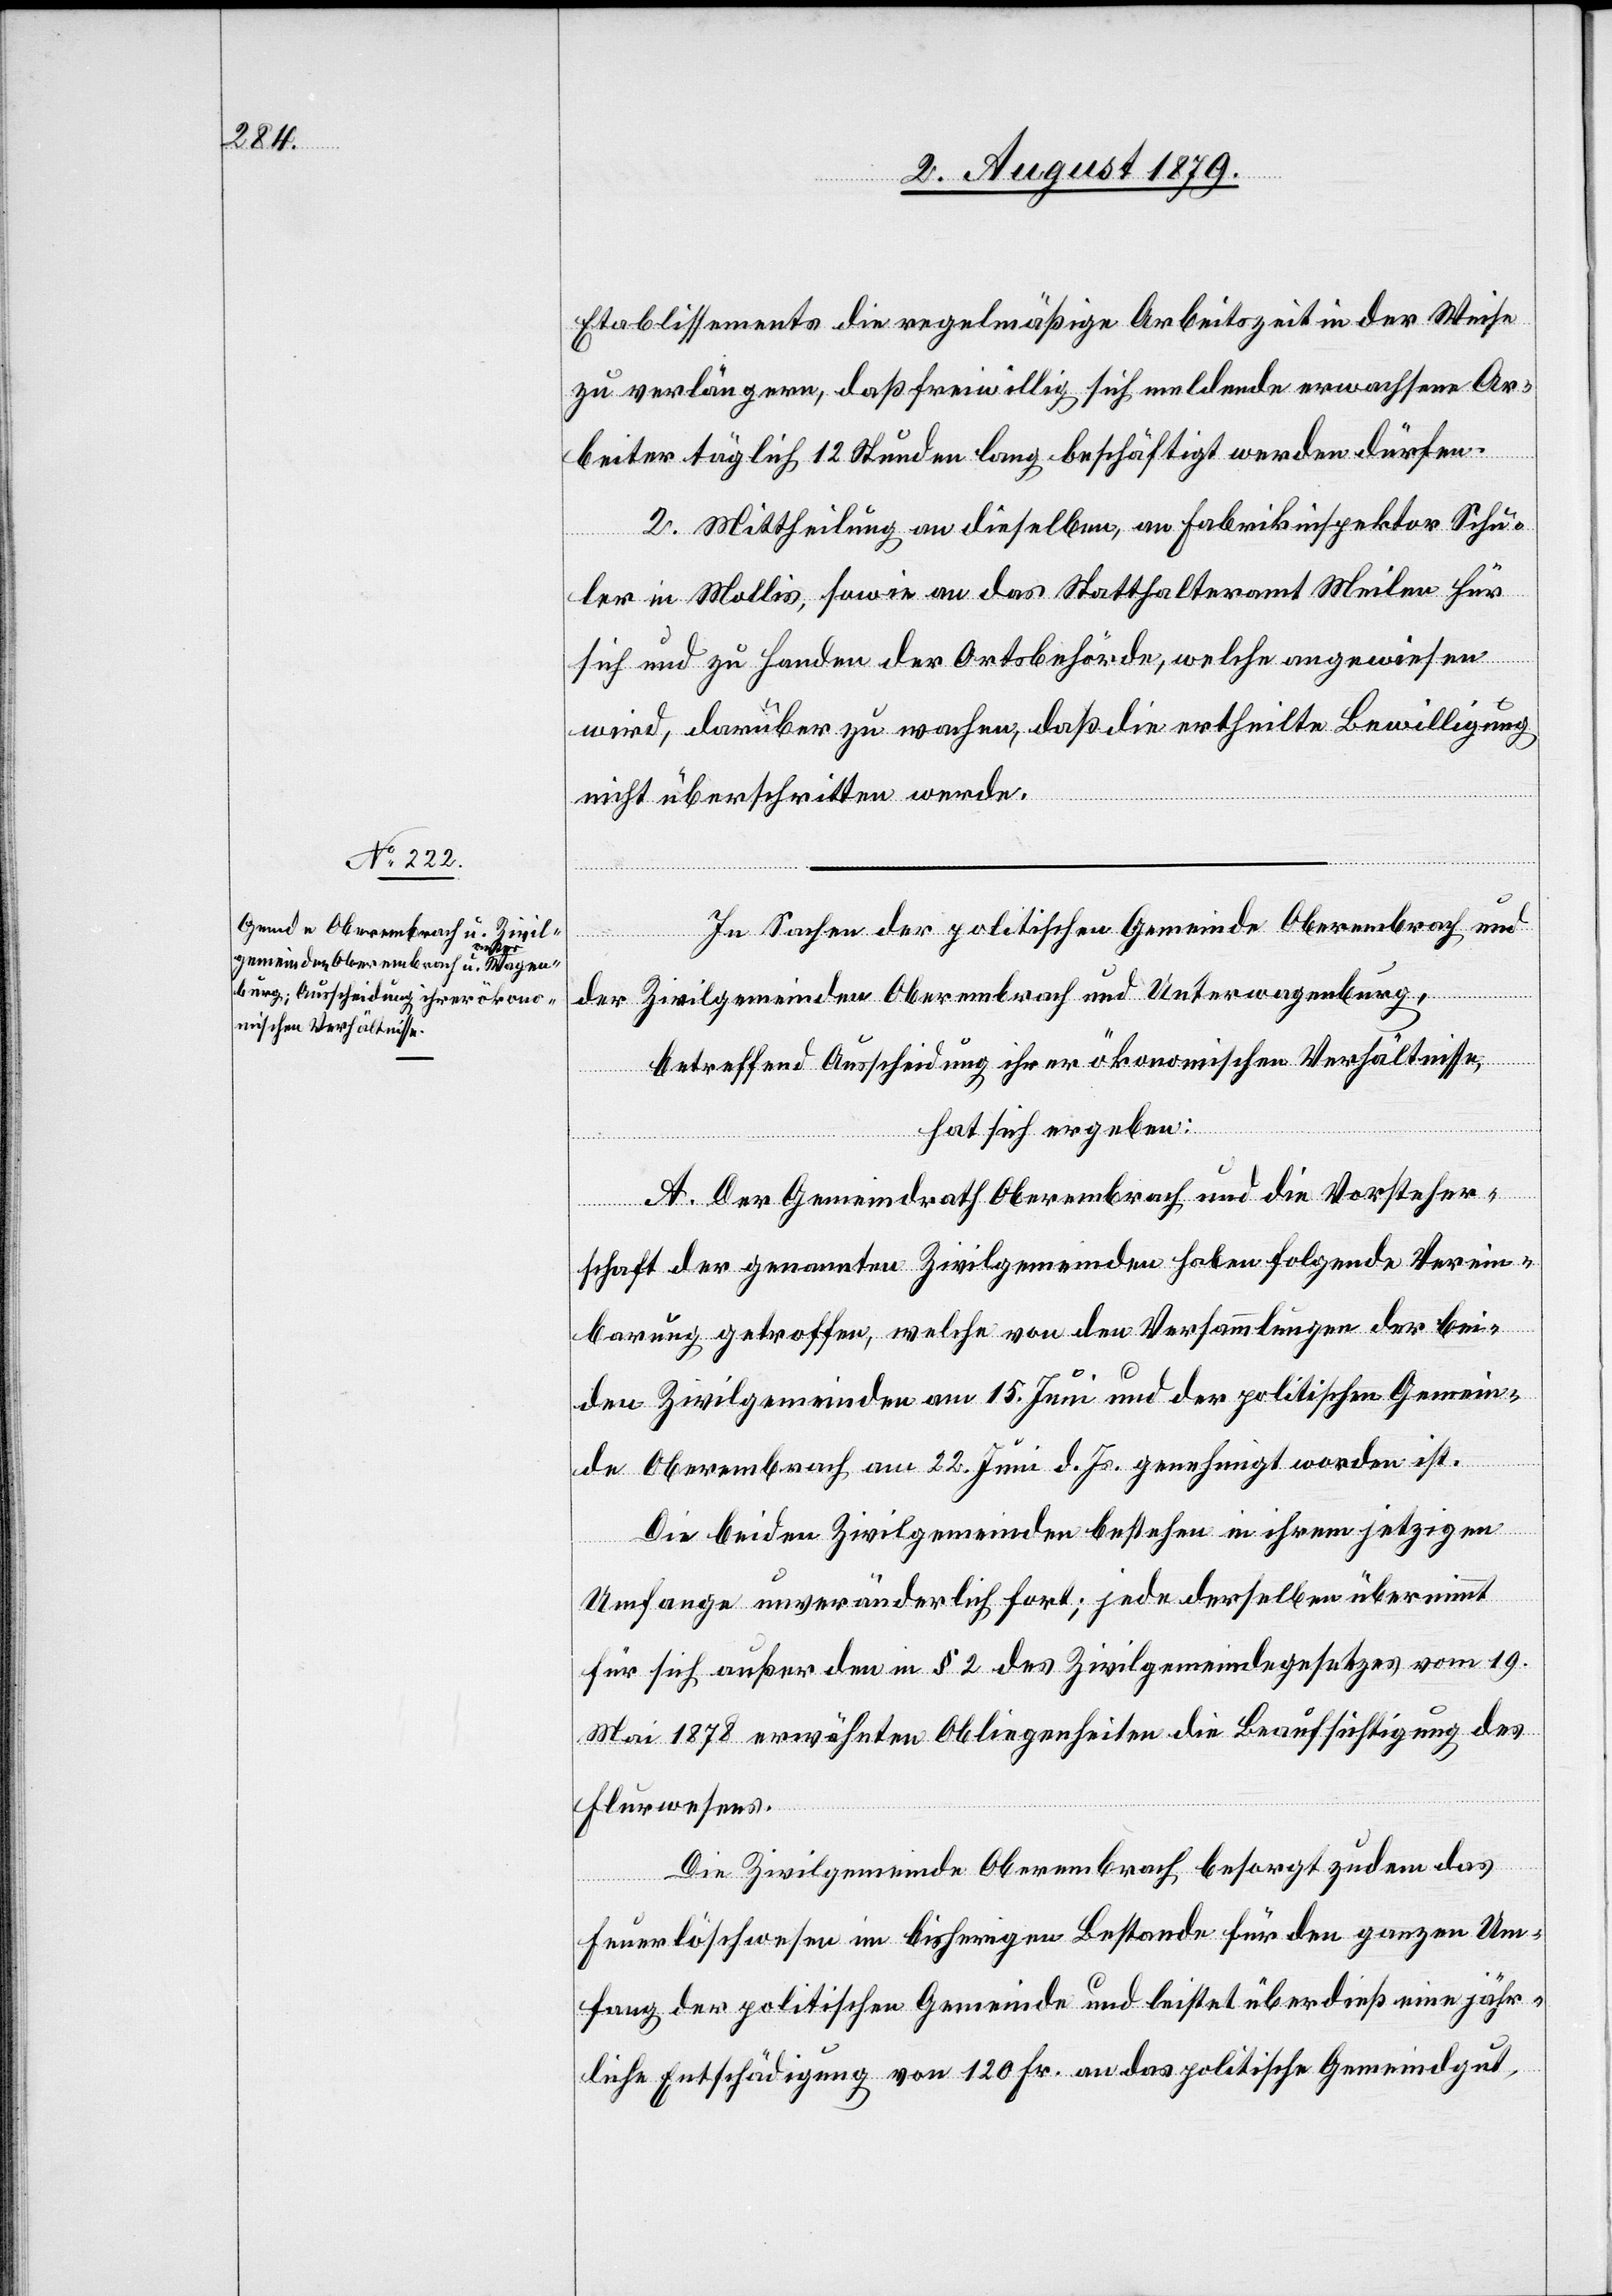
Etablissemente die regelmäßige Arbeitszeit in der Weise
zu verlängern, daß freiwillig sich meldende erwachsene Ar¬
beiter täglich 12 Stunden lang beschäftigt werden dürfen.
2. Mittheilung an dieselben, an Fabrikinspektor Schu¬
ler in Mollis, sowie an das Statthalteramt Meilen für
sich und zu Handen der Ortsbehörde, welche angewiesen
wird, darüber zu wachen, daß die ertheilte Bewilligung
nicht überschritten werde.
In Sachen der politischen Gemeinde Oberembrach und
der Zivilgemeinden Oberembrach und Unterwagenburg,
betreffend Ausscheidung ihrer ökonomischen Verhältnisse,
hat sich ergeben:
A. Der Gemeindrath Oberembrach und die Vorsteher¬
schaft der genannten Zivilgemeinden haben folgende Verein¬
barung getroffen, welche von den Versammlungen der bei¬
den Zivilgemeinden am 15. Juni und der politischen Gemein¬
de Oberembrach am 22. Juni d. Js. genehmigt worden ist.
Die beiden Zivilgemeinden bestehen in ihrem jetzigen
Umfange unveränderlich fort; jede derselben übernimmt
für sich außer den in § 2 des Zivilgemeindegesetzes vom 19.
Mai 1878 erwähnten Obliegenheiten die Beaufsichtigung des
Flurwesens.
Die Zivilgemeinde Oberembrach besorgt zudem das
Feuerlöschwesen im bisherigen Bestande für den ganzen Um¬
fang der politischen Gemeinde und leistet überdieß eine jähr¬
liche Entschädigung von 120 Fr. an das politische Gemeindegut,